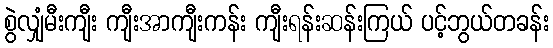
စွဲလျှံမီးကျီး ကျီးအာကျီးကန်း ကျီးရန်းဆန်းကြယ် ပင့်ဘွယ်တခန်း